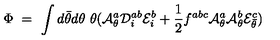
\Phi \ = \ \int d \bar { \theta } d \theta \ \theta ( { \cal A } _ { \theta } ^ { a } { \cal D } _ { i } ^ { a b } { \cal E } _ { i } ^ { b } + \frac { 1 } { 2 } f ^ { a b c } { \cal A } _ { \theta } ^ { a } { \cal A } _ { \theta } ^ { b } { \cal E } _ { \bar { \theta } } ^ { c } )